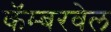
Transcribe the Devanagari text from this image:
कॅम्बरवेल